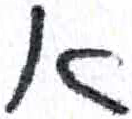
אות: א